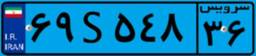
۶۹S۵۴۸۳۶